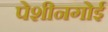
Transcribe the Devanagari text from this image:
पेशीनगोई